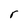
Character: r